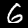
Label: 6